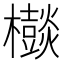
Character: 𣠃